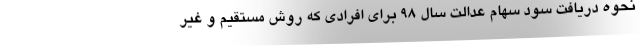
نحوه دریافت سود سهام عدالت سال ۹۸ برای افرادی که روش مستقیم و غیر